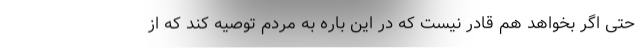
حتی اگر بخواهد هم قادر نیست که در این باره به مردم توصیه کند که از